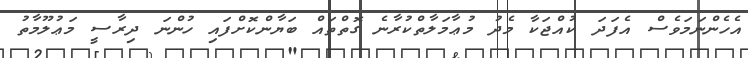
އެހެންނަމަވެސް އެފަދަ ކުއްޖަކާ މެދު މުޢާމަލާތްކުރާނެ ގޮތްތައް ބަޔާންކޮށްފައި ހުންނަ ދިރާސީ މަޢުލޫމާތު